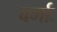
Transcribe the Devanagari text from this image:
बर्माः